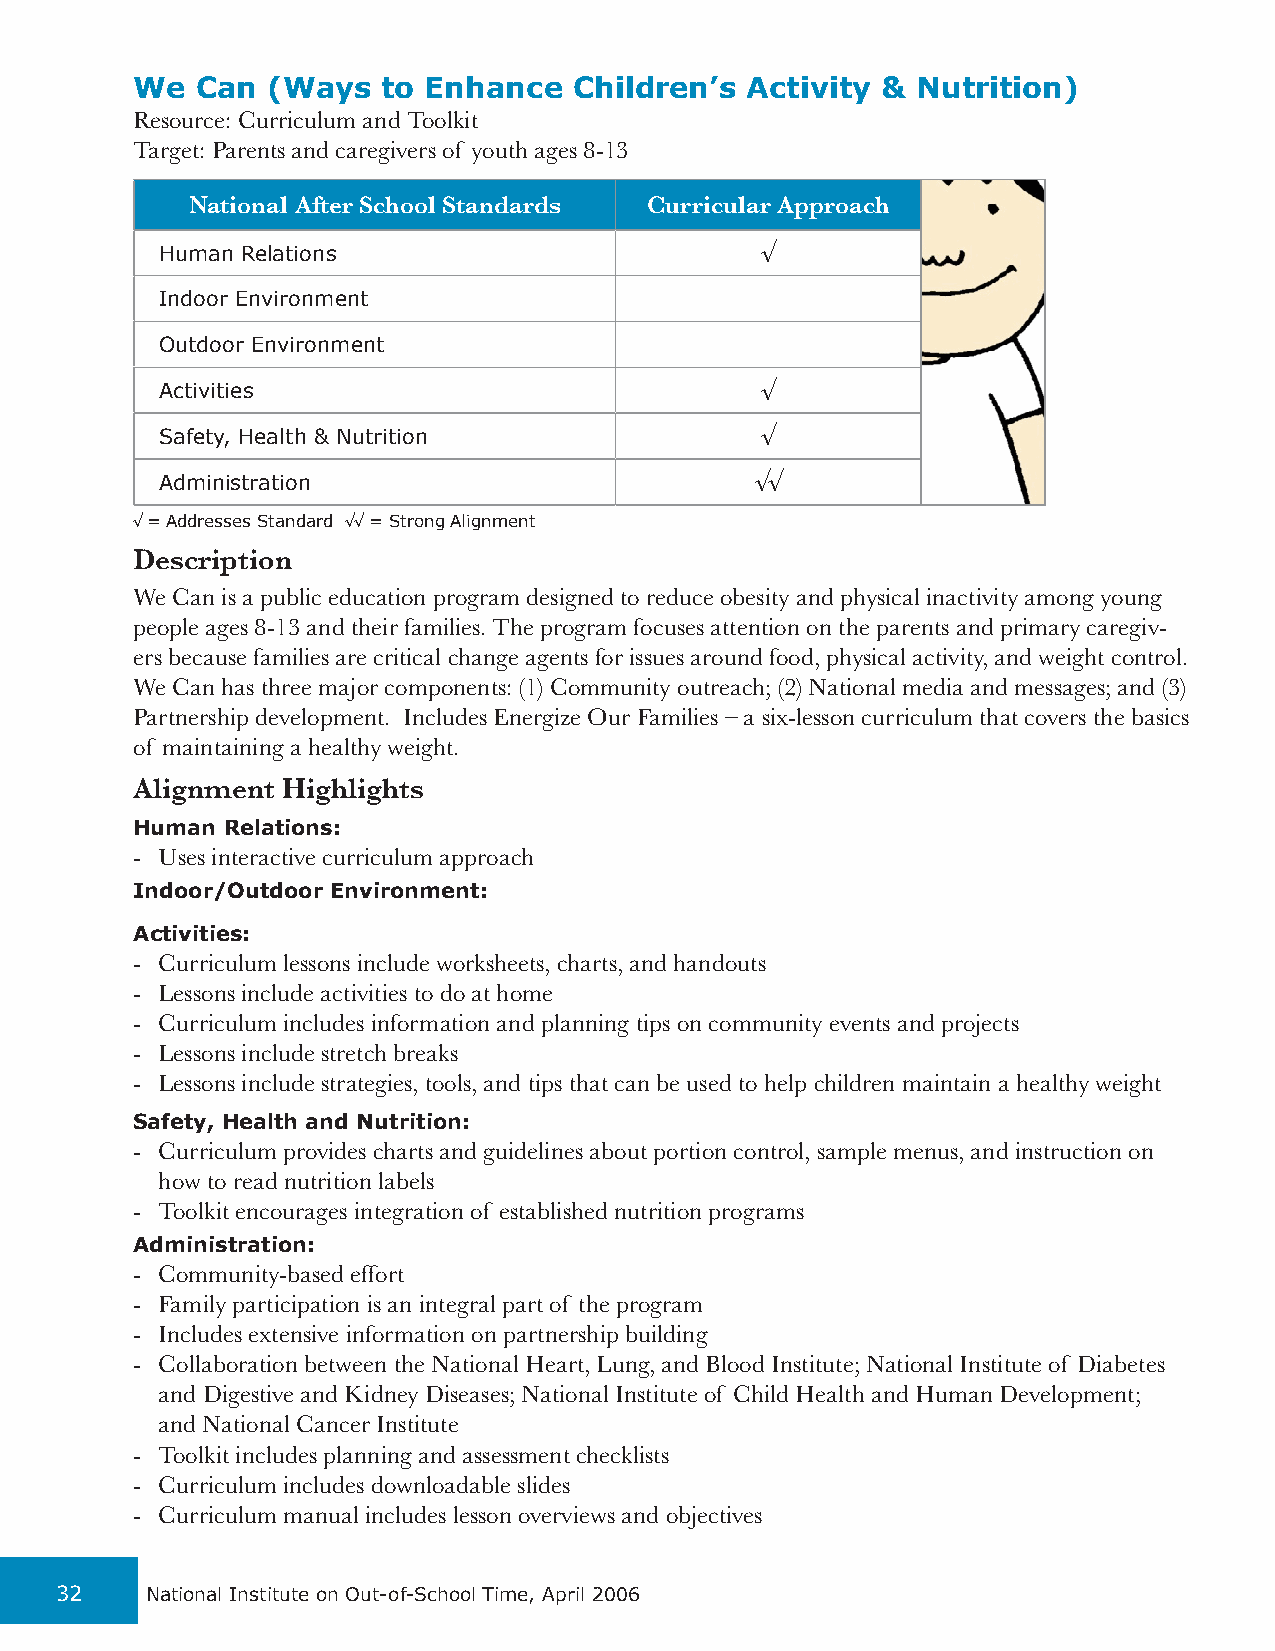
We  Can  (Ways  to Enhance   Children’s Activity &  Nutrition)
 Resource: Curriculum and Toolkit
 Target: Parents and caregivers of youth ages 8-13
 National After School Standards Curricular Approach
 Human Relations                        √
 Indoor Environment
 Outdoor Environment
 Activities                             √
 Safety, Health & Nutrition             √
 Administration                         √√
 √ = Addresses Standard √√ = Strong Alignment
 Description
 We Can is a public education program designed to reduce obesity and physical inactivity among young
 people ages 8-13 and their families. The program focuses attention on the parents and primary caregiv-
 ers because families are critical change agents for issues around food, physical activity, and weight control.
 We Can has three major components: (1) Community outreach; (2) National media and messages; and (3)
 Partnership development. Includes Energize Our Families – a six-lesson curriculum that covers the basics
 of maintaining a healthy weight.
 Alignment Highlights
 Human Relations:
 - Uses interactive curriculum approach
 Indoor/Outdoor Environment:
 Activities:
 - Curriculum lessons include worksheets, charts, and handouts
 - Lessons include activities to do at home
 - Curriculum includes information and planning tips on community events and projects
 - Lessons include stretch breaks
 - Lessons include strategies, tools, and tips that can be used to help children maintain a healthy weight
 Safety, Health and Nutrition:
 - Curriculum provides charts and guidelines about portion control, sample menus, and instruction on
 how to read nutrition labels
 - Toolkit encourages integration of established nutrition programs
 Administration:
 - Community-based effort
 - Family participation is an integral part of the program
 - Includes extensive information on partnership building
 - Collaboration between the National Heart, Lung, and Blood Institute; National Institute of Diabetes
 and Digestive and Kidney Diseases; National Institute of Child Health and Human Development;
 and National Cancer Institute
 - Toolkit includes planning and assessment checklists
 - Curriculum includes downloadable slides
 - Curriculum manual includes lesson overviews and objectives
 32    National Institute on Out-of-School Time, April 2006